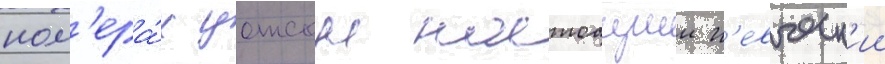
ном'ера́х уотсон настоащии п'евческ'ии